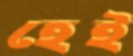
হেই